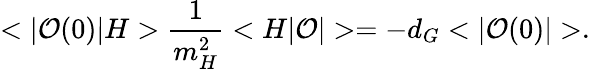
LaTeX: \displaystyle{<|{\cal O}(0)|H>\frac{1}{m_{H}^{2}}<H|{\cal O}|>=-d_{G}<|{\cal O}(0)|>}.